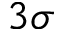
3 \sigma